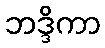
ဘဒ္ဒိကာ